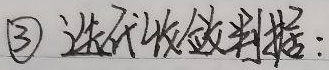
\textcircled{3} 迭代收敛判据：